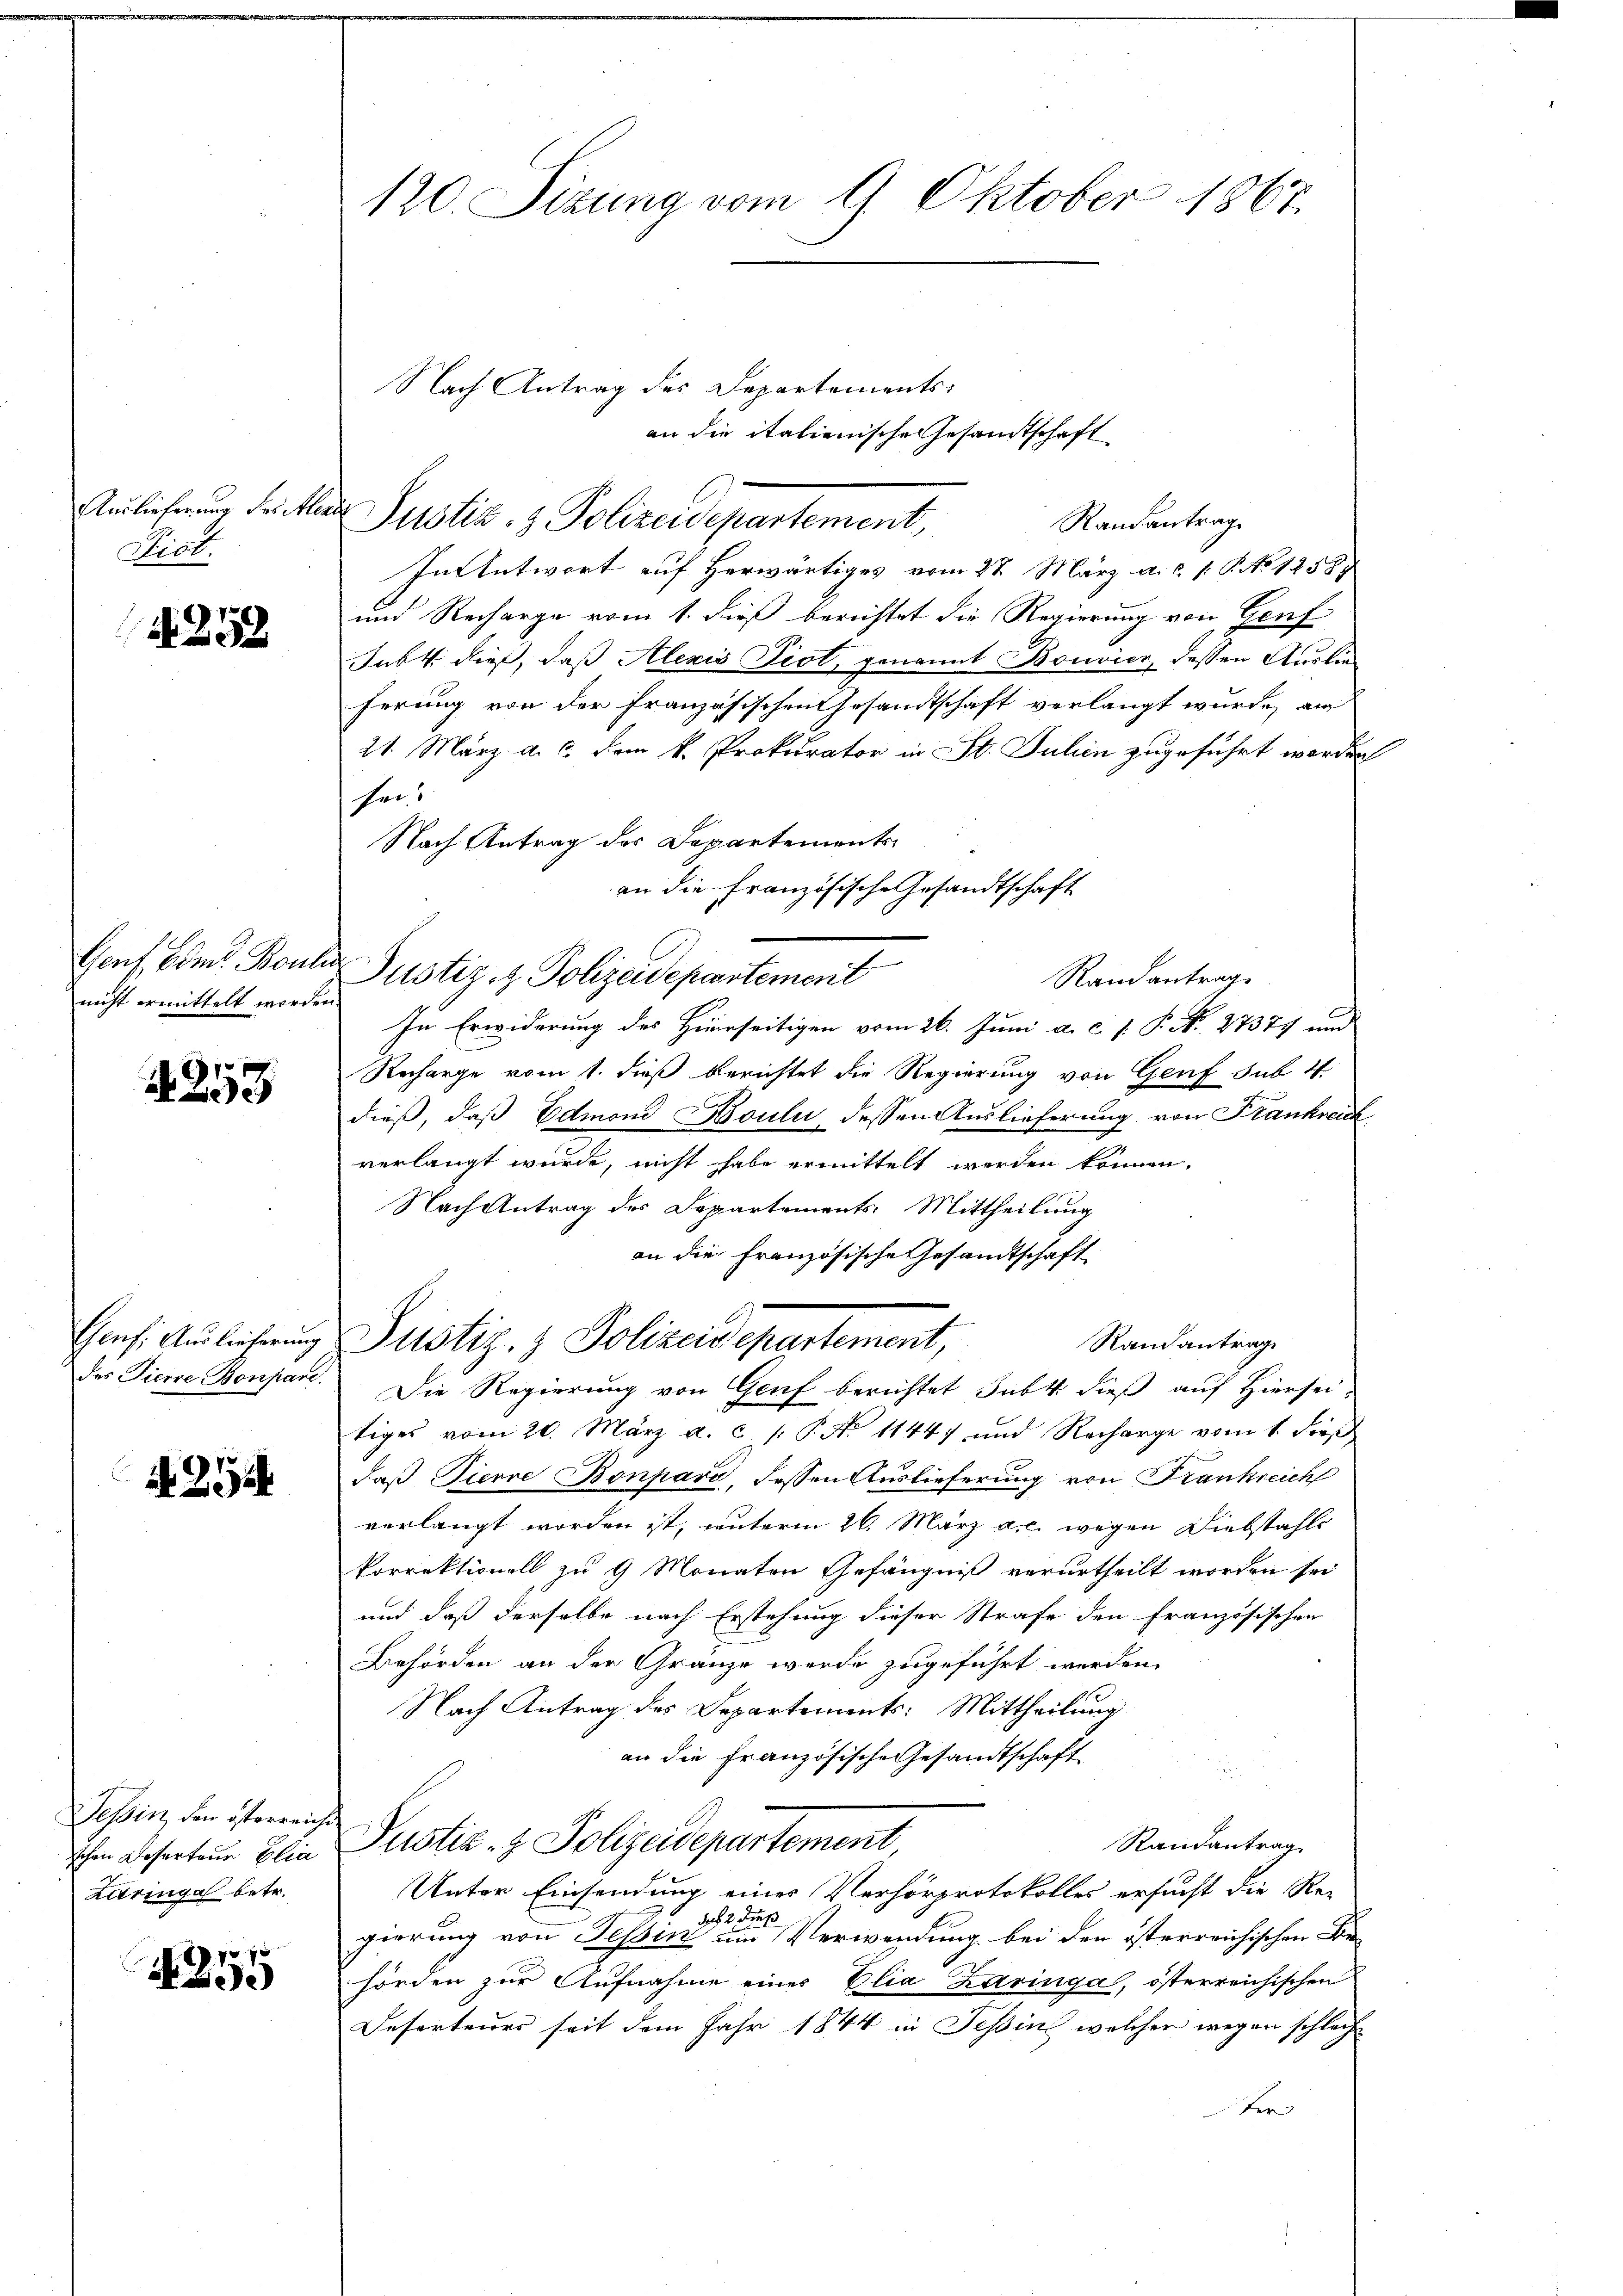
Auslieferung Frickte
Piot.

258

nicht ermittelt worden.

4253

des Tiere Bonpane.

Tessin den österreiche
schen Deserteur Elia
Läringel betr.

4255

120. Sizung vom 9. Oktober 1867

Nach Antrag des Departements-
an die italienische Gesamtschaft
a
Justiz- & Polizeidepartement,
Randantrag
In Antwort auf herwärtiges vom 27. März a. c. 1. P. No 1258)
und Recharge vom 1. dieß berichtet die Regierung von Genf
Sabt dieß, daß Alexis Piot, genannt Bouvier dessen Auslieferung von der französischen Gesandtschaft verlangt wurde, au
21. März a.c. dem k. Prokurator in St. Juhin zugeführt worden
Hers
Nach Antrag des Departements
an die Französische Gesandtschaft
Genf, Eder Bouler Justiz & Polizeidepartement
Randantrag
In Erwiderung des Hierseitigen vom 26. Juni a. c. P. P. Nr. 27377 und
Recharge vom 1. dieß berichtet die Regierung von Genf sub 4
dieß, daß Edmond Boulii, dessen Auslieferung von Frankreich
verlangt wurde, nicht habe ermittelt werden können.
Nach Antrag der Departements Mittheilung
an die Französische Gesandtschaft
Chonf. Auslieferung Justiz- & Polizeisepartement,
Randantrag
Die Regierung von Genf berichtet subt dieß auf Hierseitiges vom 20. März a. c. /: P. No 1144) und Recharge vom 1. Fres
daß Tierre Bonpard, dessen Auslieferung von Frankreich
verlangt worden ist, unterm 26. März a. c. wegen Diebstahle
korrektionell zu 9 Monaten Gefängniß verurtheilt worden sei
und daß derselbe nach Erstehung dieser Strafe den französischen
Behörden an der Gränze werde zugeführt werden.
Nach Antrag des Departements: Mittheilung
an die Französische Gesandtschaft
Randantrag
Justiz- & Polizeidepartement
Unter Einsendung eines Verhörprotokolles ersucht die Re-
gierung von Tessin eine Verwendung bei den österreichischen Be
hörden zur Aufnahme einer Elia Karinga, österreichischen
Deserteurs seit dem Jahr 1844 in Tessin, welcher wegen schlach
fer